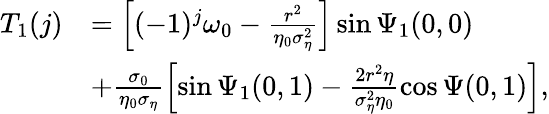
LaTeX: \begin{array}{rl}{T_{1}(j)}&{=\left[(-1)^{j}\omega_{0}-\frac{r^{2}}{\eta_{0}\sigma_{\eta}^{2}}\right]\sin\Psi_{1}(0,0)}\\ &{+\frac{\sigma_{0}}{\eta_{0}\sigma_{\eta}}\left[\sin\Psi_{1}(0,1)-\frac{2r^{2}\eta}{\sigma_{\eta}^{2}\eta_{0}}\cos\Psi(0,1)\right],}\end{array}